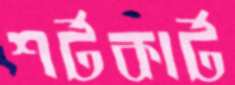
শর্টকার্ট